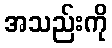
အသည်းကို